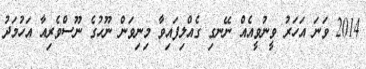
2014 ވަނަ އަހަރު ވީނުވީއެއް ނޭނގި ގެއްލިފައިވާ މިނިވަން ނޫހުގެ ނޫސްވެރިއާ އަހުމަދު